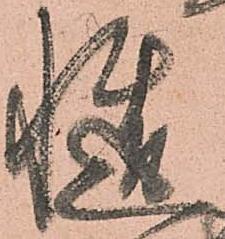
慥